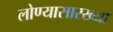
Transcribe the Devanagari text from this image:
लोण्यासारख्या